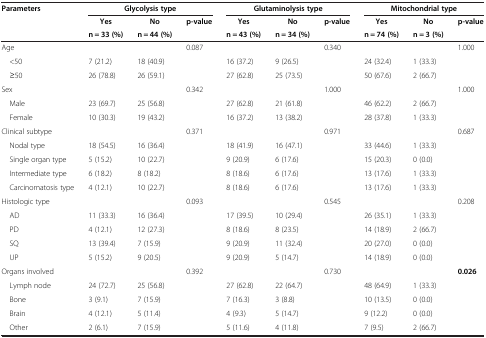
<table><thead><tr><td rowspan="2"><b>Parameters</b></td><td colspan="3"><b>Glycolysis type</b></td><td colspan="3"><b>Glutaminolysis type</b></td><td colspan="3"><b>Mitochondrial type</b></td></tr><tr><td><b>Yes</b></td><td><b>No</b></td><td><b>p-value</b></td><td><b>Yes</b></td><td><b>No</b></td><td><b>p-value</b></td><td><b>Yes</b></td><td><b>No</b></td><td><b>p-value</b></td></tr><tr><td><b> </b></td><td><b>n = 33 (%)</b></td><td><b>n = 44 (%)</b></td><td><b> </b></td><td><b>n = 43 (%)</b></td><td><b>n = 34 (%)</b></td><td><b> </b></td><td><b>n = 74 (%)</b></td><td><b>n = 3 (%)</b></td><td><b> </b></td></tr></thead><tbody><tr><td>Age</td><td> </td><td> </td><td>0.087</td><td> </td><td> </td><td>0.340</td><td> </td><td> </td><td>1.000</td></tr><tr><td> &lt;50</td><td>7 (21.2)</td><td>18 (40.9)</td><td> </td><td>16 (37.2)</td><td>9 (26.5)</td><td> </td><td>24 (32.4)</td><td>1 (33.3)</td><td> </td></tr><tr><td> ≥50</td><td>26 (78.8)</td><td>26 (59.1)</td><td> </td><td>27 (62.8)</td><td>25 (73.5)</td><td> </td><td>50 (67.6)</td><td>2 (66.7)</td><td> </td></tr><tr><td>Sex</td><td> </td><td> </td><td>0.342</td><td> </td><td> </td><td>1.000</td><td> </td><td> </td><td>1.000</td></tr><tr><td> Male</td><td>23 (69.7)</td><td>25 (56.8)</td><td> </td><td>27 (62.8)</td><td>21 (61.8)</td><td> </td><td>46 (62.2)</td><td>2 (66.7)</td><td> </td></tr><tr><td> Female</td><td>10 (30.3)</td><td>19 (43.2)</td><td> </td><td>16 (37.2)</td><td>13 (38.2)</td><td> </td><td>28 (37.8)</td><td>1 (33.3)</td><td> </td></tr><tr><td>Clinical subtype</td><td> </td><td> </td><td>0.371</td><td> </td><td> </td><td>0.971</td><td> </td><td> </td><td>0.687</td></tr><tr><td> Nodal type</td><td>18 (54.5)</td><td>16 (36.4)</td><td> </td><td>18 (41.9)</td><td>16 (47.1)</td><td> </td><td>33 (44.6)</td><td>1 (33.3)</td><td> </td></tr><tr><td> Single organ type</td><td>5 (15.2)</td><td>10 (22.7)</td><td> </td><td>9 (20.9)</td><td>6 (17.6)</td><td> </td><td>15 (20.3)</td><td>0 (0.0)</td><td> </td></tr><tr><td> Intermediate type</td><td>6 (18.2)</td><td>8 (18.2)</td><td> </td><td>8 (18.6)</td><td>6 (17.6)</td><td> </td><td>13 (17.6)</td><td>1 (33.3)</td><td> </td></tr><tr><td> Carcinomatosis type</td><td>4 (12.1)</td><td>10 (22.7)</td><td> </td><td>8 (18.6)</td><td>6 (17.6)</td><td> </td><td>13 (17.6)</td><td>1 (33.3)</td><td> </td></tr><tr><td>Histologic type</td><td> </td><td> </td><td>0.093</td><td> </td><td> </td><td>0.545</td><td> </td><td> </td><td>0.208</td></tr><tr><td> AD</td><td>11 (33.3)</td><td>16 (36.4)</td><td> </td><td>17 (39.5)</td><td>10 (29.4)</td><td> </td><td>26 (35.1)</td><td>1 (33.3)</td><td> </td></tr><tr><td> PD</td><td>4 (12.1)</td><td>12 (27.3)</td><td> </td><td>8 (18.6)</td><td>8 (23.5)</td><td> </td><td>14 (18.9)</td><td>2 (66.7)</td><td> </td></tr><tr><td> SQ</td><td>13 (39.4)</td><td>7 (15.9)</td><td> </td><td>9 (20.9)</td><td>11 (32.4)</td><td> </td><td>20 (27.0)</td><td>0 (0.0)</td><td> </td></tr><tr><td> UP</td><td>5 (15.2)</td><td>9 (20.5)</td><td> </td><td>9 (20.9)</td><td>5 (14.7)</td><td> </td><td>14 (18.9)</td><td>0 (0.0)</td><td> </td></tr><tr><td>Organs involved</td><td> </td><td> </td><td>0.392</td><td> </td><td> </td><td>0.730</td><td> </td><td> </td><td><b>0.026</b></td></tr><tr><td> Lymph node</td><td>24 (72.7)</td><td>25 (56.8)</td><td> </td><td>27 (62.8)</td><td>22 (64.7)</td><td> </td><td>48 (64.9)</td><td>1 (33.3)</td><td> </td></tr><tr><td> Bone</td><td>3 (9.1)</td><td>7 (15.9)</td><td> </td><td>7 (16.3)</td><td>3 (8.8)</td><td> </td><td>10 (13.5)</td><td>0 (0.0)</td><td> </td></tr><tr><td> Brain</td><td>4 (12.1)</td><td>5 (11.4)</td><td> </td><td>4 (9.3)</td><td>5 (14.7)</td><td> </td><td>9 (12.2)</td><td>0 (0.0)</td><td> </td></tr><tr><td> Other</td><td>2 (6.1)</td><td>7 (15.9)</td><td> </td><td>5 (11.6)</td><td>4 (11.8)</td><td> </td><td>7 (9.5)</td><td>2 (66.7)</td><td> </td></tr></tbody></table>